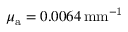
\mu _ { { \mathrm a } } = 0 . 0 0 6 4 \, \mathrm { { m m } ^ { - 1 } }